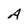
Character: A